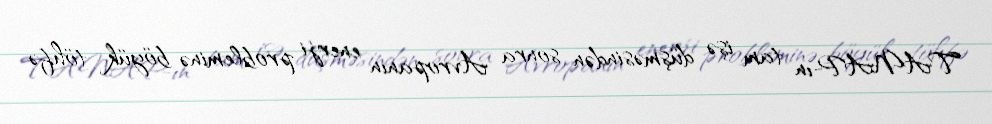
TANAP-ın tam işə düşməsindən sonra Avropanın enerji probleminə böyük töhfə